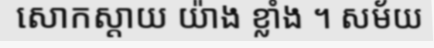
សោកស្តាយ យ៉ាង ខ្លាំង ។ សម័យ